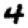
Digit: 4